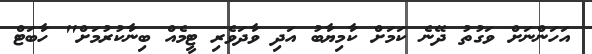
އަހަންނަށް ވަގުތު ދޭނެ ކަމަށް ކާމިޔާބު އަދި ވާދަވެރި ޓީމެއް ބިނާކުރުމަށް" ހާބަޓް